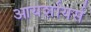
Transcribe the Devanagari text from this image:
आयर्शायर्स